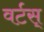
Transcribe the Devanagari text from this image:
वर्टस्